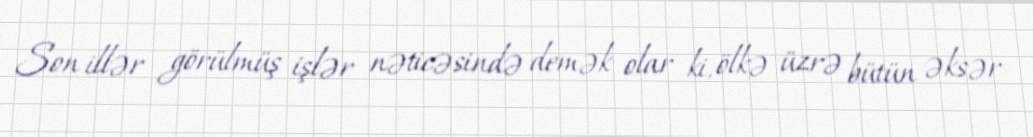
Son illər görülmüş işlər nəticəsində demək olar ki, ölkə üzrə bütün əksər